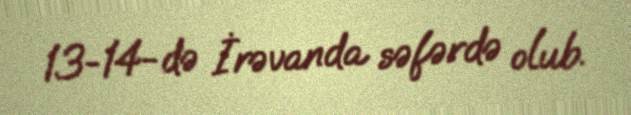
13-14-də İrəvanda səfərdə olub.